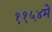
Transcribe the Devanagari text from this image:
११५४में